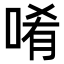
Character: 𠴳